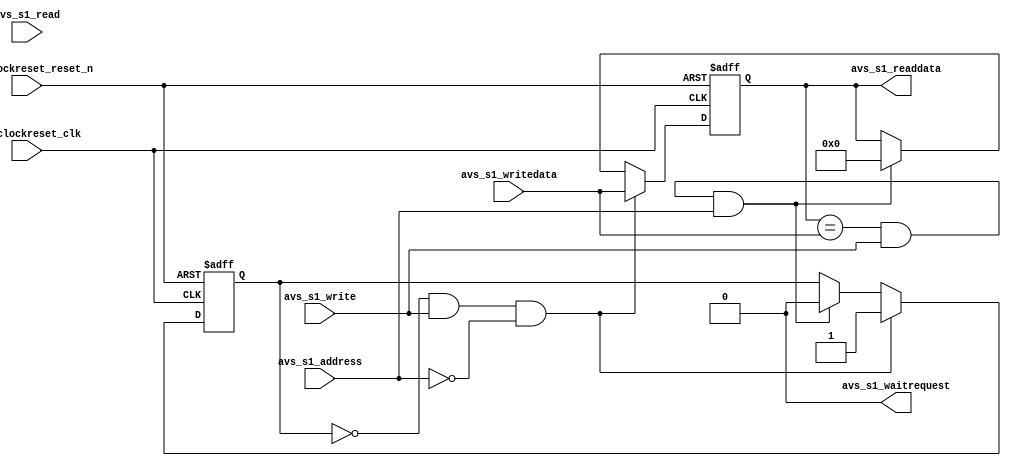
`timescale 1ns / 1ps

module legup_mutex (

                  // inputs:
                  avs_s1_address,
                  // chipselect,
                  csi_clockreset_clk,
				  csi_clockreset_reset_n,
                  avs_s1_writedata,
                  avs_s1_read,
                  avs_s1_write,

                  // outputs:
				  avs_s1_waitrequest,
                  avs_s1_readdata
               );


	input            avs_s1_address;
	input            csi_clockreset_clk;
	input            csi_clockreset_reset_n; 
	input            avs_s1_read;
	input            avs_s1_write;
	input  [ 31: 0]  avs_s1_writedata;

	output [ 31: 0]  avs_s1_readdata; 
	output  		   avs_s1_waitrequest;

	wire             mutex_free;
	reg    [ 31: 0]  mutex_owner;
	reg              mutex_state;
	wire             owner_valid;
	wire 			 address;
	wire 			 reset_n;
	wire 			 clk;
	wire 			 read;
	wire 			 write;
	wire   [ 31: 0]  accel_id;

	assign address = avs_s1_address;
	assign reset_n = csi_clockreset_reset_n;
	assign clk = csi_clockreset_clk;
	assign read = avs_s1_read;
	assign write = avs_s1_write;
	assign accel_id = avs_s1_writedata;
	assign avs_s1_waitrequest = 1'b0;

    always @(posedge clk or negedge reset_n)
    begin
      if (!reset_n)
	  begin
          mutex_state <= 0;
		  mutex_owner <= 0;
	  end
	  //if mutex is free and someone tries to get the mutex
      else if (mutex_free && write && !address)
	  begin
		  //mutex_state <= avs_s1_writedata[0];
          mutex_state <= 1'b1;
		  mutex_owner <= accel_id;
	  end
	  //if mutex is taken and the owner wants to release the mutex
	  else if (owner_valid && write && address)
	  begin
		  mutex_state <= 0;
		  mutex_owner <= 0;
	  end
    end

	assign avs_s1_readdata = mutex_owner;
	assign mutex_free = mutex_state == 0;
	assign owner_valid = mutex_owner == accel_id;

endmodule